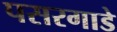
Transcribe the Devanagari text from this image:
पसरगाडे